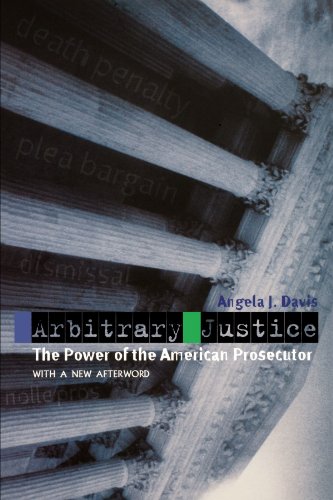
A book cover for Arbitrary Justice: The Power of the American Prosecutor; Angela J. Davis; Law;